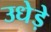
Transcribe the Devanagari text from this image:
उधेड़े